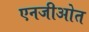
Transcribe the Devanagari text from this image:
एनजीओत